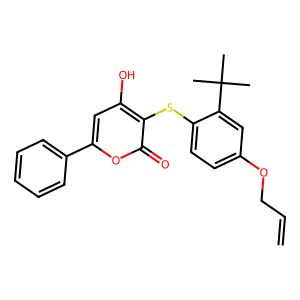
SMILES: C=CCOc1ccc(Sc2c(O)cc(-c3ccccc3)oc2=O)c(C(C)(C)C)c1
Inhibits HIV replication: No